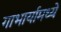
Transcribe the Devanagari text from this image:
गाभार्यामध्ये